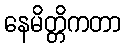
နေမိတ္တိကတာ